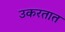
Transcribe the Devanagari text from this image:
उकरतात